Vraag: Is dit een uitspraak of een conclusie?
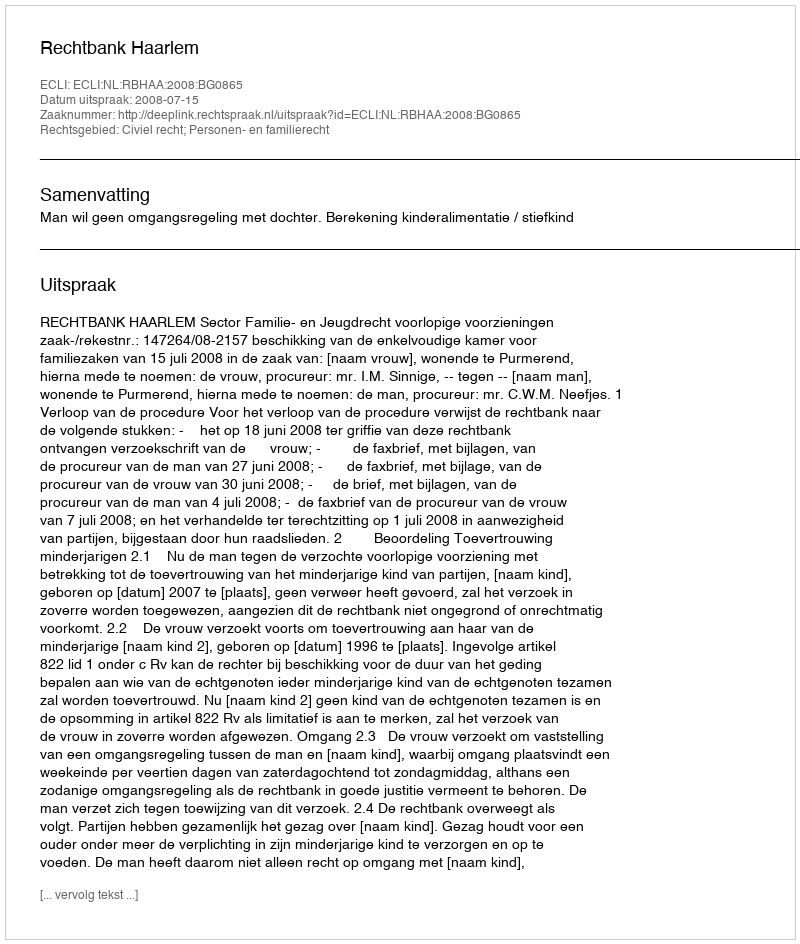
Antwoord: Uitspraak